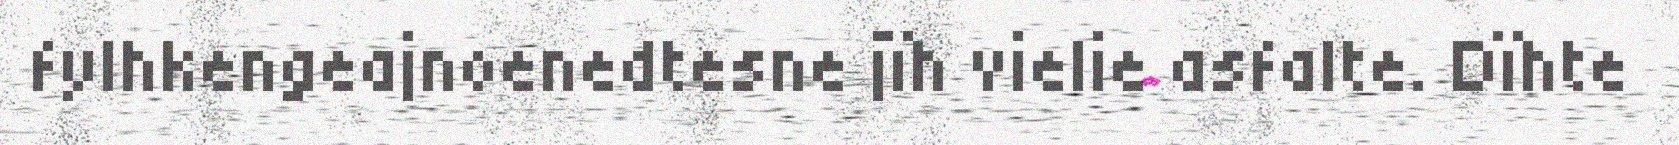
fylhkengeajnoenedtesne jïh vielie asfalte. Dïhte